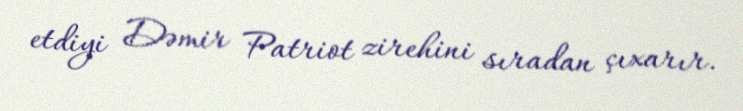
etdiyi Dəmir Patriot zirehini sıradan çıxarır.